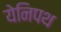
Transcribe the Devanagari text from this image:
येनिपथ